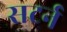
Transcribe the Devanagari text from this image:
सटर्न